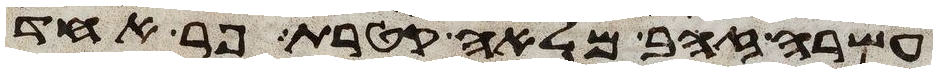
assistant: עשרה זהב מלאה קטרת פר אחד